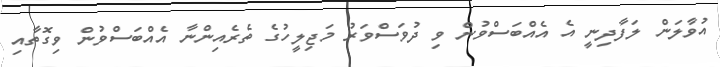
އުވާލަން ލަފާދިނީ އެ އެއްބަސްވުން ވި ދުވަސްވަރު މަޖިލީހުގެ ތެރެއިންނާ އެއްބަސްވުން ވިގޮތާއި